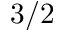
3 / 2